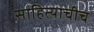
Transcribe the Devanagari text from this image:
साहित्याचीच